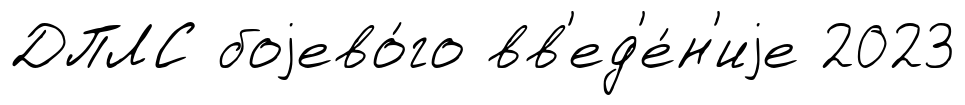
ДПЛС боjево́го вв'ед'е́н'иjе 2023